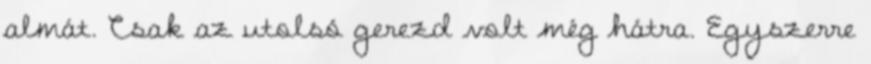
almát. Csak az utolsó gerezd volt még hátra. Egyszerre